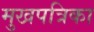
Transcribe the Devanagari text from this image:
मुखपत्रिका